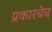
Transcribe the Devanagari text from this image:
प्रकारचेच